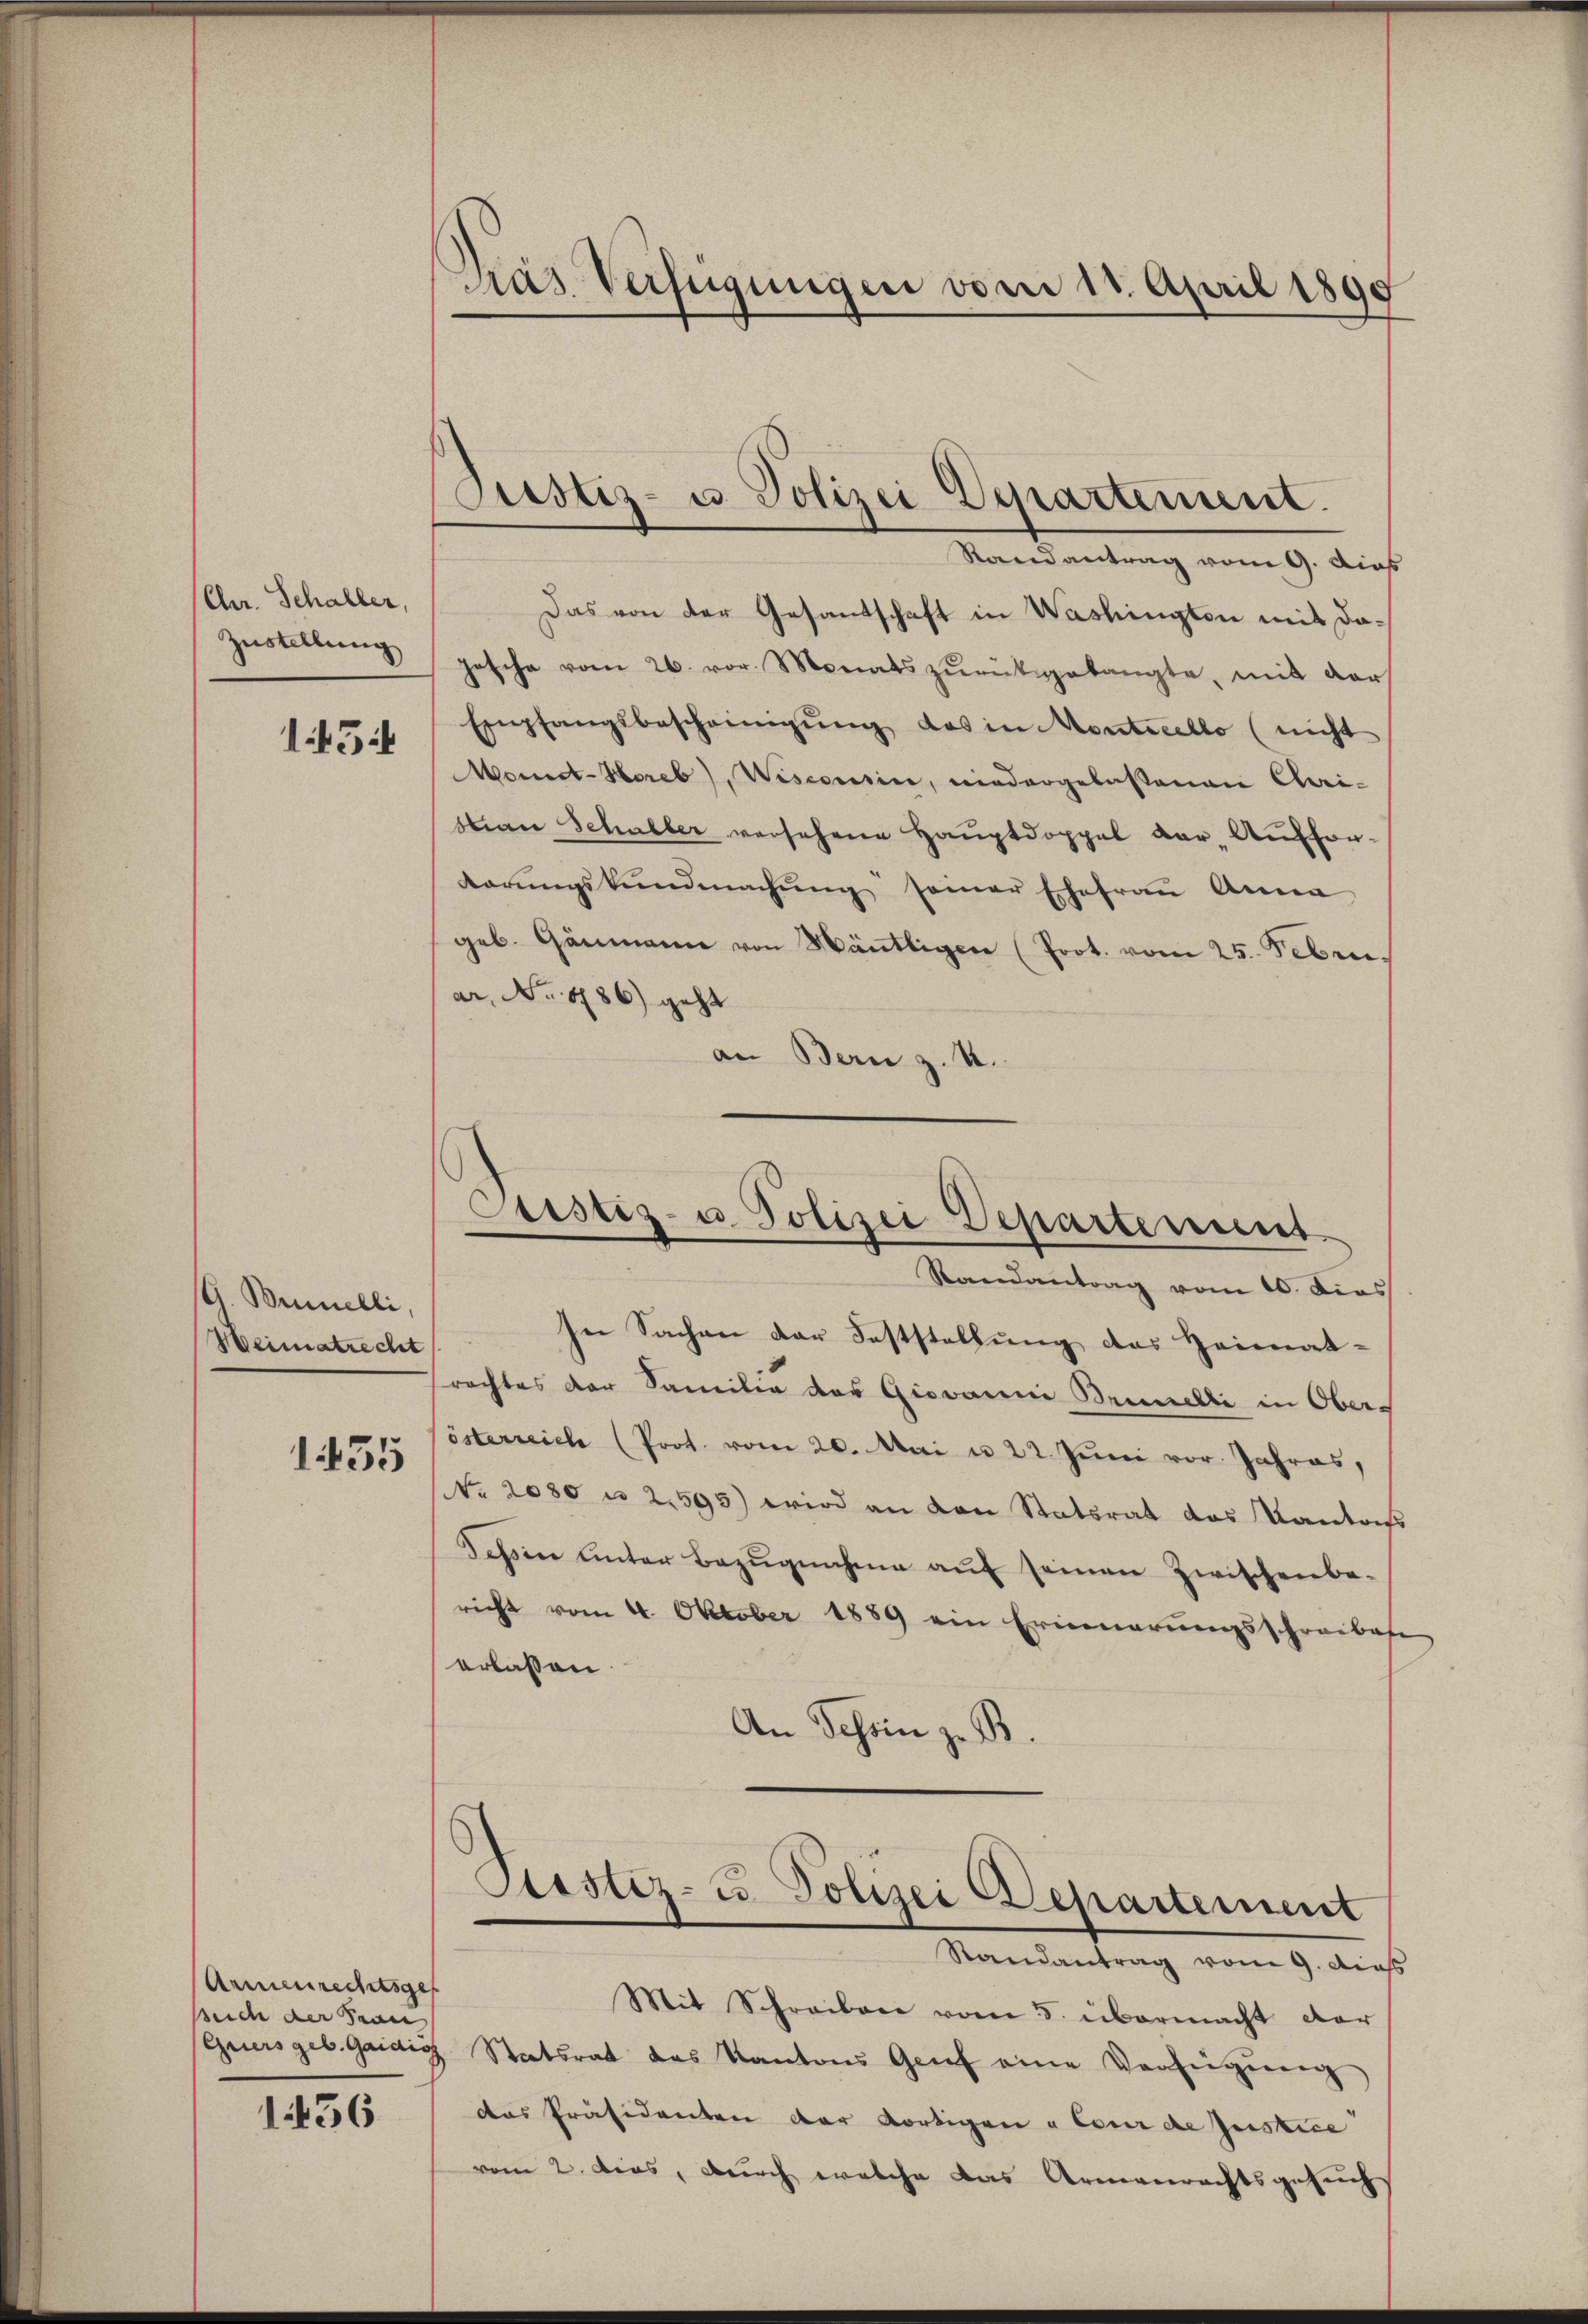
Chr. Schaller,
Zustellung
1454

G. Binelli,
Heimatrecht
1455

Armenrechtsges
such der Tran

1456

Diar Verfügungen vom 11. April 1890

Justiz- u. Polizei Departement.
Mandankung vom 9. Auch

Das von der Gesantschaft in Washington mit da¬
Josche vom 26. vor. Monats zŭrückgelangte, mit der
Empfangsbescheinigŭng des in Montreello (nicht
Monit-Horeb), Wisconsine, niedergelassenen Cari-
stian Schaller versehene Hauptdoppel der Auffor-
darŭngskŭndmachŭng seiner Ehefrau Anna
geb. Gänmanne von Mänttigen (Prot. vom 25. Febru
ar. No. 486) geht
an Bern z. B.
Etistiz- u. Polizei Departement
Randantrag vom 16. dies
In Sachen der Feststellung des Heimat-
rachtes der Familie des Giovanni Brinelli in Oberösterreich (Prot. vom 20. Mai u. 22. Juni vor Jahres,
NNo. 2030 n 2595) wird an den Statsrat des Kantons
Schsen unter Bezŭgnehme aŭf seinen Zwischenbe-
richt vom 4. Oktober 1889 ein Erinnerungsschreibese
erlassen.
An Schein zu B.

Sistiz- u Polizei Departement
Mandantung vom 9. aus

Mit Schreiben vom 5. übermacht dar
Quersgeb. Gardig Statsrat des Kantons Genf eine Verfügŭng
das Präsidenten der dortigen u Cour de Justice
vom 2. dies, durch welche das Armenrechtsgesuch